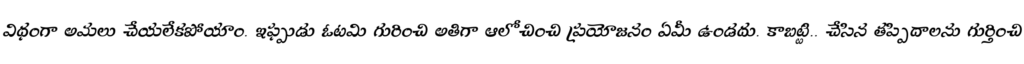
విధంగా అమలు చేయలేకపోయాం. ఇప్పుడు ఓటమి గురించి అతిగా ఆలోచించి ప్రయోజనం ఏమీ ఉండదు. కాబట్టి.. చేసిన తప్పిదాలను గుర్తించి